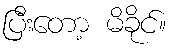
ပြီးတော့ မိခိုင်။